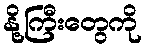
နို့ကြီးတွေကို